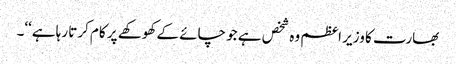
بھارت کا وزیر اعظم وہ شخص ہے جو چائے کے کھوکھے پر کام کرتا رہا ہے‘‘۔